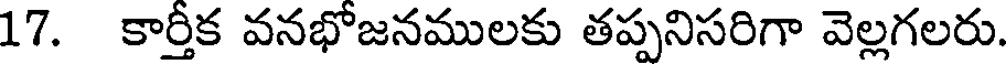
17. కార్తీక వనభోజనములకు తప్పనిసరిగా వెల్లగలరు.